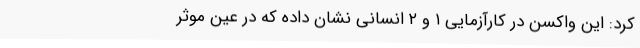
کرد: این واکسن در کارآزمایی ۱ و ۲ انسانی نشان داده که در عین موثر